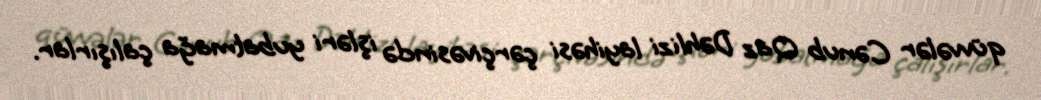
qüvvələr Cənub Qaz Dəhlizi layihəsi çərçivəsində işləri yubatmağa çalışırlar.